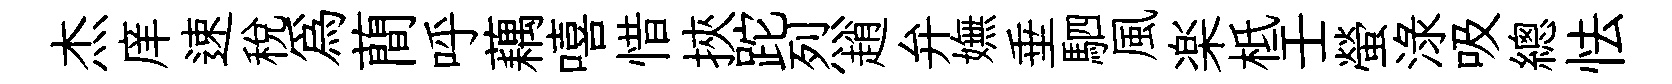
杰庠速稅為蕳呼藕嘻惜挾跎烈趙弁嫵垂駟風楽柢壬螢渌吸總怯